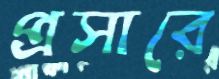
প্রসারে